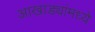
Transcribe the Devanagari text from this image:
आखाड्यांमध्ये